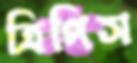
ত্রিপিস